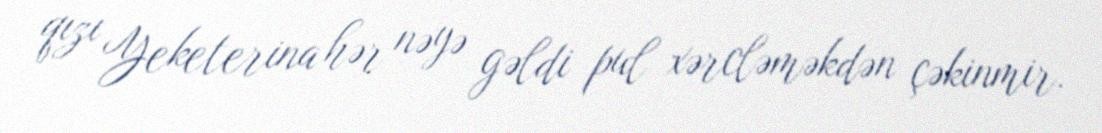
qızı Yeketerina hər nəyə gəldi pul xərcləməkdən çəkinmir.